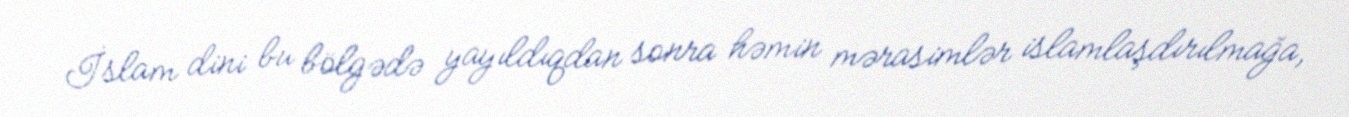
İslam dini bu bölgədə yayıldıqdan sonra həmin mərasimlər islamlaşdırılmağa,